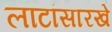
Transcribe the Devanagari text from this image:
लाटांसारखे